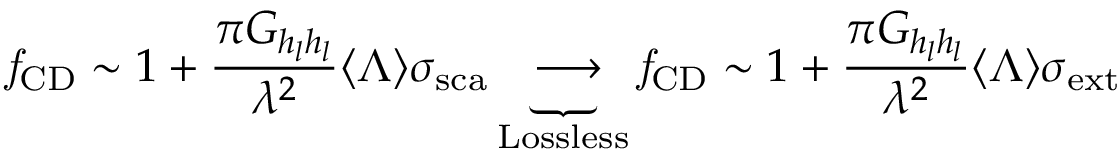
\mathit { f } _ { \mathrm { { C D } } } \sim 1 + \frac { \pi G _ { h _ { l } h _ { l } } } { \lambda ^ { 2 } } \langle \Lambda \rangle { \sigma } _ { \mathrm { s c a } } \underbrace { \longrightarrow } _ { \mathrm { L o s s l e s s } } \mathit { f } _ { \mathrm { { C D } } } \sim 1 + \frac { \pi G _ { h _ { l } h _ { l } } } { \lambda ^ { 2 } } \langle \Lambda \rangle { \sigma } _ { \mathrm { e x t } }